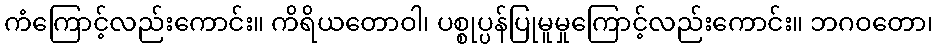
ကံကြောင့်လည်းကောင်း။ ကိရိယတောဝါ၊ ပစ္စုပ္ပန်ပြုမူမှုကြောင့်လည်းကောင်း။ ဘဂဝတော၊